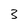
Character: 3